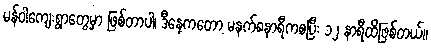
မန်ဝါကျေးရွာတွေမှာ ဖြစ်တာပါ၊ ဒီနေ့ကတော့ မနက်၈နာရီကစပြီး ၁၂ နာရီထိဖြစ်တယ်။